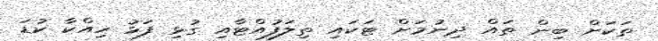
ތަކަށް ބިން ތައް ދިނުމަށް ޓަކައި ތިލަފުއްޓާއި ގުޅި ފަޅު ހިއްކާ ކުޑަ